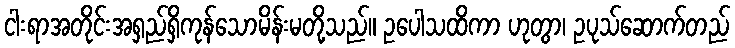
ငါးရာအတိုင်းအရှည်ရှိကုန်သောမိန်းမတို့သည်။ ဥပေါသထိကာ ဟုတွာ၊ ဥပုသ်ဆောက်တည်